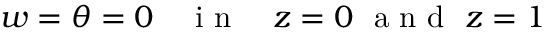
w = \theta = 0 \quad \textrm { i n } \quad z = 0 \ \textrm { a n d } \ z = 1